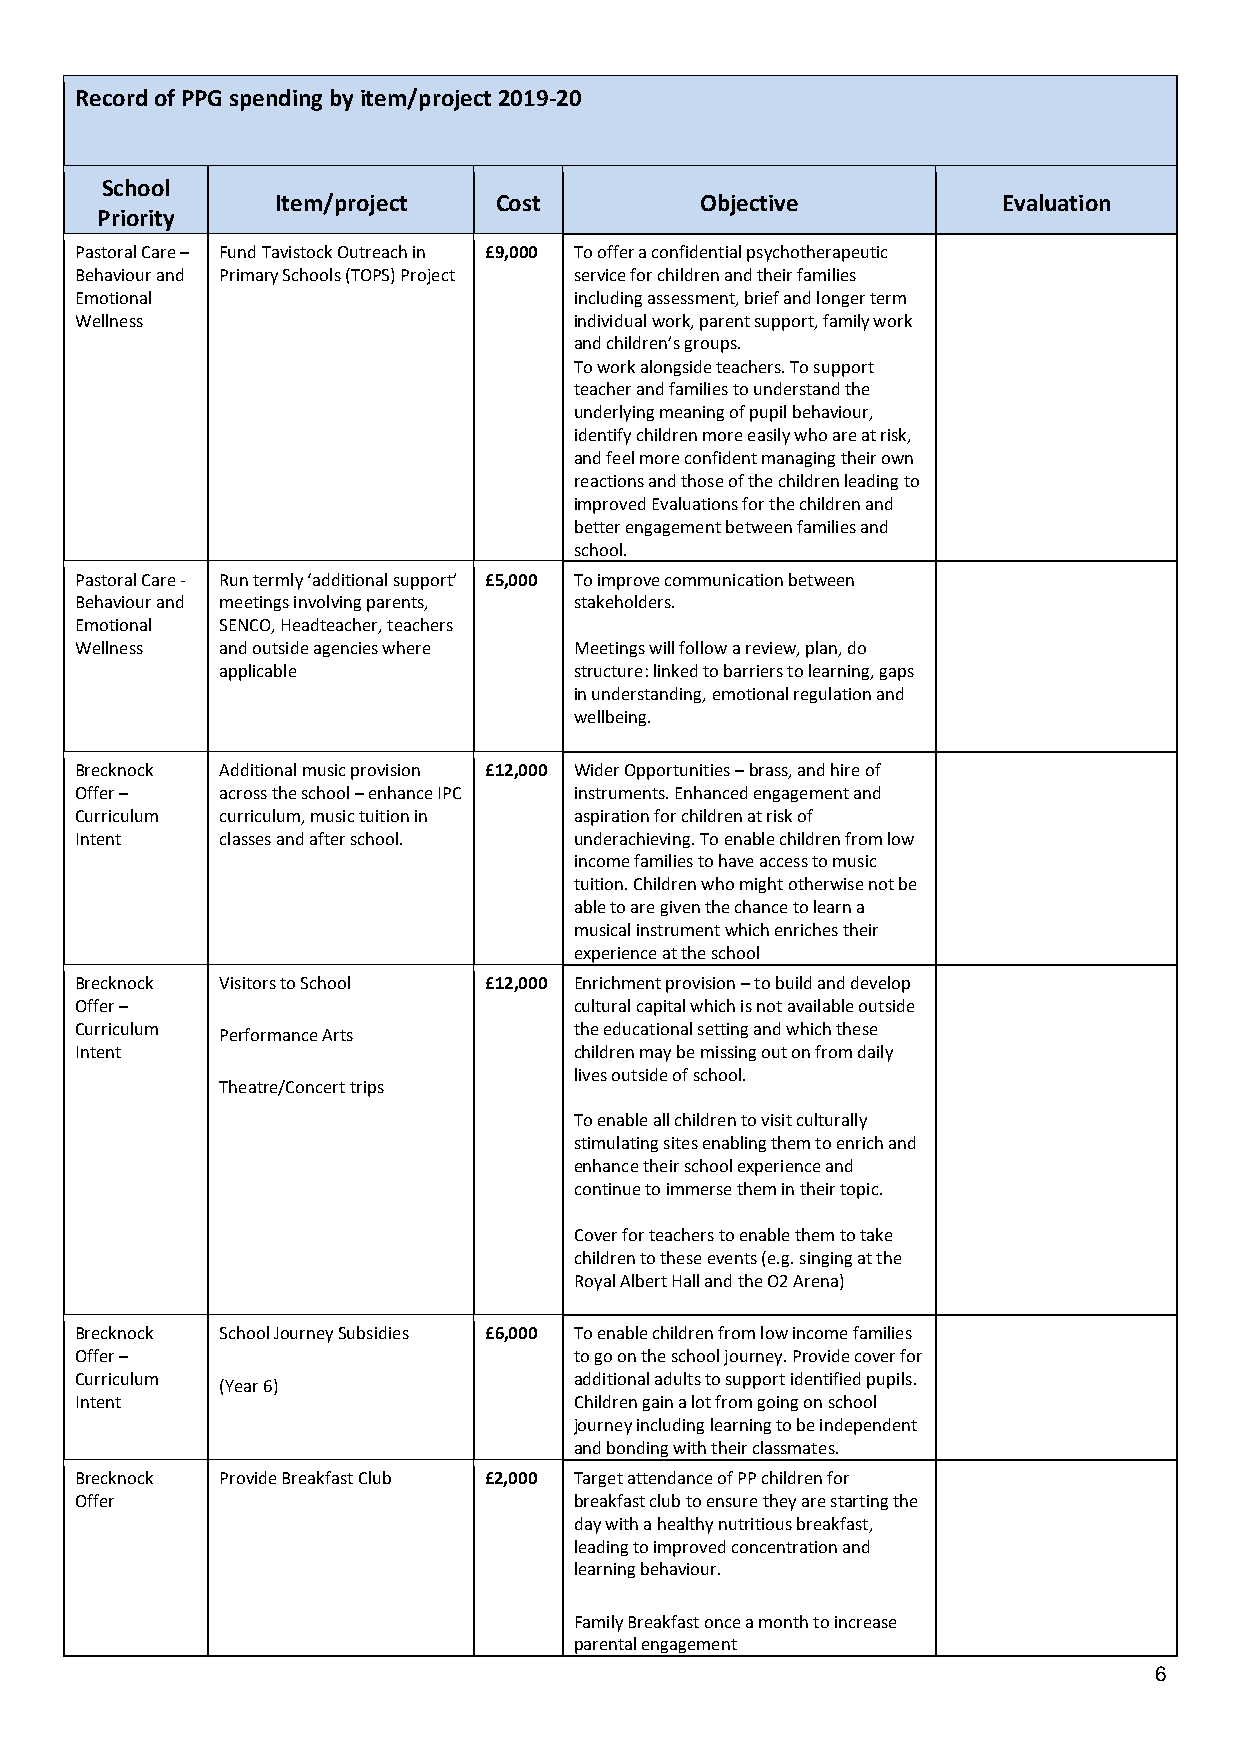
Record of PPG spending by item/project 2019-20
 School
 Item/project   Cost         Objective           Evaluation
 Priority
 Pastoral Care – Fund Tavistock Outreach in £9,000 To offer a confidential psychotherapeutic
 Behaviour and Primary Schools (TOPS) Project service for children and their families
 Emotional                        including assessment, brief and longer term
 Wellness                         individual work, parent support, family work
 and children’s groups.
 To work alongside teachers. To support
 teacher and families to understand the
 underlying meaning of pupil behaviour,
 identify children more easily who are at risk,
 and feel more confident managing their own
 reactions and those of the children leading to
 improved Evaluations for the children and
 better engagement between families and
 school.
 Pastoral Care - Run termly ‘additional support’ £5,000 To improve communication between
 Behaviour and meetings involving parents, stakeholders.
 Emotional SENCO, Headteacher, teachers
 Wellness  and outside agencies where Meetings will follow a review, plan, do
 applicable             structure: linked to barriers to learning, gaps
 in understanding, emotional regulation and
 wellbeing.
 Brecknock Additional music provision £12,000 Wider Opportunities – brass, and hire of
 Offer –   across the school – enhance IPC instruments. Enhanced engagement and
 Curriculum curriculum, music tuition in aspiration for children at risk of
 Intent    classes and after school. underachieving. To enable children from low
 income families to have access to music
 tuition. Children who might otherwise not be
 able to are given the chance to learn a
 musical instrument which enriches their
 experience at the school
 Brecknock Visitors to School £12,000 Enrichment provision – to build and develop
 Offer –                          cultural capital which is not available outside
 Curriculum Performance Arts      the educational setting and which these
 Intent                           children may be missing out on from daily
 lives outside of school.
 Theatre/Concert trips
 To enable all children to visit culturally
 stimulating sites enabling them to enrich and
 enhance their school experience and
 continue to immerse them in their topic.
 Cover for teachers to enable them to take
 children to these events (e.g. singing at the
 Royal Albert Hall and the O2 Arena)
 Brecknock School Journey Subsidies £6,000 To enable children from low income families
 Offer –                          to go on the school journey. Provide cover for
 Curriculum (Year 6)              additional adults to support identified pupils.
 Intent                           Children gain a lot from going on school
 journey including learning to be independent
 and bonding with their classmates.
 Brecknock Provide Breakfast Club £2,000 Target attendance of PP children for
 Offer                            breakfast club to ensure they are starting the
 day with a healthy nutritious breakfast,
 leading to improved concentration and
 learning behaviour.
 Family Breakfast once a month to increase
 parental engagement
 6